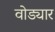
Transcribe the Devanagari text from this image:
वोड्यार